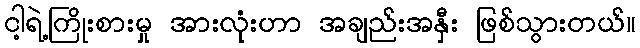
ငါ့ရဲ့ကြိုးစားမှု အားလုံးဟာ အချည်းအနှီး ဖြစ်သွားတယ်။